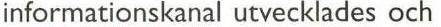
informationskanal utvecklades och